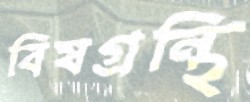
বিষগ্রন্থি